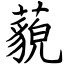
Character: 藐